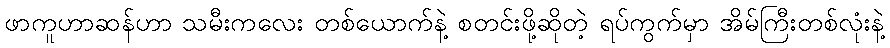
ဖာကူဟာဆန်ဟာ သမီးကလေး တစ်ယောက်နဲ့ စတင်းဖို့ဆိုတဲ့ ရပ်ကွက်မှာ အိမ်ကြီးတစ်လုံးနဲ့